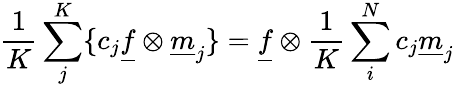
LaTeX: \frac{1}{K}\sum_{j}^{K}\{ c_{j}\underline{{f}}\otimes\underline{{m}}_{j}\} =\underline{{f}}\otimes\frac{1}{K}\sum_{i}^{N}c_{j}\underline{{m}}_{j}